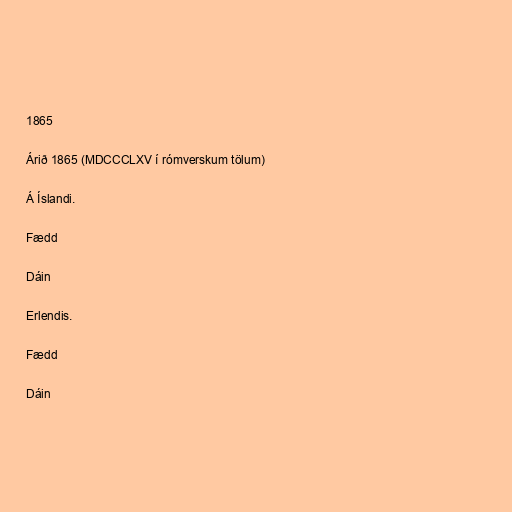
1865

Árið 1865 (MDCCCLXV í rómverskum tölum)

Á Íslandi.

Fædd

Dáin

Erlendis.

Fædd

Dáin